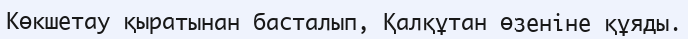
Көкшетау қыратынан басталып, Қалқұтан өзеніне құяды.